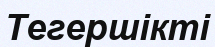
Тегершікті